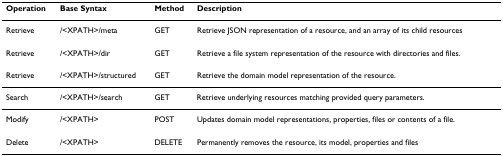
<table><thead><tr><td><b>Operation</b></td><td><b>Base Syntax</b></td><td><b>Method</b></td><td><b>Description</b></td></tr></thead><tbody><tr><td>Retrieve</td><td>/&lt;XPATH&gt;/meta</td><td>GET</td><td>Retrieve JSON representation of a resource, and an array of its child resources</td></tr><tr><td>Retrieve</td><td>/&lt;XPATH&gt;/dir</td><td>GET</td><td>Retrieve a file system representation of the resource with directories and files.</td></tr><tr><td>Retrieve</td><td>/&lt;XPATH&gt;/structured</td><td>GET</td><td>Retrieve the domain model representation of the resource.</td></tr><tr><td>Search</td><td>/&lt;XPATH&gt;/search</td><td>GET</td><td>Retrieve underlying resources matching provided query parameters.</td></tr><tr><td>Modify</td><td>/&lt;XPATH&gt;</td><td>POST</td><td>Updates domain model representations, properties, files or contents of a file.</td></tr><tr><td>Delete</td><td>/&lt;XPATH&gt;</td><td>DELETE</td><td>Permanently removes the resource, its model, properties and files</td></tr></tbody></table>